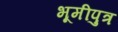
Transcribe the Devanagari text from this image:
भूमीपुत्र